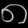
Digit: ၈